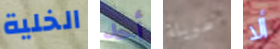
الخلية أحد طويلة ألا